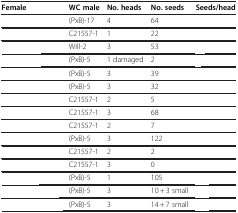
<table><thead><tr><td><b>Female</b></td><td><b>WC male</b></td><td><b>No. heads</b></td><td><b>No. seeds</b></td><td><b>Seeds/head</b></td></tr></thead><tbody><tr><td>[EMPTY_CELL]</td><td>(PxB)-17</td><td>4</td><td>64</td><td>[EMPTY_CELL]</td></tr><tr><td>[EMPTY_CELL]</td><td>C21557-1</td><td>1</td><td>22</td><td>[EMPTY_CELL]</td></tr><tr><td>[EMPTY_CELL]</td><td>Will-2</td><td>3</td><td>53</td><td>[EMPTY_CELL]</td></tr><tr><td>[EMPTY_CELL]</td><td>(PxB)-5</td><td>1 damaged</td><td>2</td><td>[EMPTY_CELL]</td></tr><tr><td>[EMPTY_CELL]</td><td>(PxB)-5</td><td>3</td><td>39</td><td>[EMPTY_CELL]</td></tr><tr><td>[EMPTY_CELL]</td><td>(PxB)-5</td><td>3</td><td>32</td><td>[EMPTY_CELL]</td></tr><tr><td>[EMPTY_CELL]</td><td>C21557-1</td><td>2</td><td>5</td><td>[EMPTY_CELL]</td></tr><tr><td>[EMPTY_CELL]</td><td>C21557-1</td><td>3</td><td>68</td><td>[EMPTY_CELL]</td></tr><tr><td>[EMPTY_CELL]</td><td>C21557-1</td><td>2</td><td>7</td><td>[EMPTY_CELL]</td></tr><tr><td>[EMPTY_CELL]</td><td>(PxB)-5</td><td>3</td><td>122</td><td>[EMPTY_CELL]</td></tr><tr><td>[EMPTY_CELL]</td><td>C21557-1</td><td>2</td><td>2</td><td>[EMPTY_CELL]</td></tr><tr><td>[EMPTY_CELL]</td><td>C21557-1</td><td>3</td><td>0</td><td>[EMPTY_CELL]</td></tr><tr><td>[EMPTY_CELL]</td><td>(PxB)-5</td><td>1</td><td>105</td><td>[EMPTY_CELL]</td></tr><tr><td>[EMPTY_CELL]</td><td>(PxB)-5</td><td>3</td><td>10+3 small</td><td>[EMPTY_CELL]</td></tr><tr><td>[EMPTY_CELL]</td><td>(PxB)-5</td><td>3</td><td>14+7 small</td><td>[EMPTY_CELL]</td></tr></tbody></table>